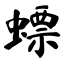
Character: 螵